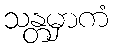
သန္တမှာကံ